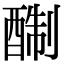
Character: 𨡘